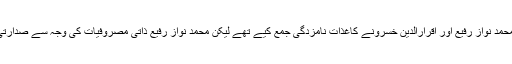
کھوار اہل قلم نے مرکزی کابینہ کے لیے انتخابات کا اعلان کیا تھا جس کی رو سے صدارت کے لیے محمد نواز رفیع اور اقرارالدین خسرونے کاغذات نامزدگی جمع کیے تھے لیکن محمد نواز رفیع ذاتی مصروفیات کی وجہ سے صدارتی انتخابات سے دستبردار ہوئے اور یوں اقرارالدین خسرو بلامقابلہ کھوار اہل قلم کے صدر منتخب ہوئے۔